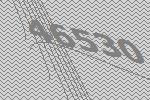
46530